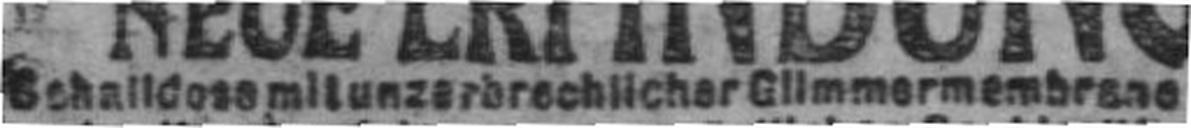
Schalldose mit unzerbrechlicher Glimmermembrane